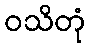
ဝသိတုံ